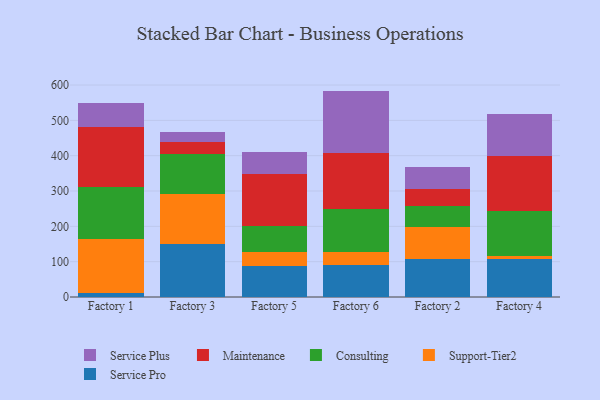
{"axis": {"x": "Factory", "y": "Bounce Rate (%)"}, "legend": ["Consulting", "Maintenance", "Service Plus", "Service Pro", "Support-Tier2"], "data": [{"x": "Factory 1", "y": 12.5, "type": "Service Pro"}, {"x": "Factory 1", "y": 152.2, "type": "Support-Tier2"}, {"x": "Factory 1", "y": 146.3, "type": "Consulting"}, {"x": "Factory 1", "y": 170.5, "type": "Maintenance"}, {"x": "Factory 1", "y": 67.1, "type": "Service Plus"}, {"x": "Factory 3", "y": 151.4, "type": "Service Pro"}, {"x": "Factory 3", "y": 140.2, "type": "Support-Tier2"}, {"x": "Factory 3", "y": 114.6, "type": "Consulting"}, {"x": "Factory 3", "y": 31.5, "type": "Maintenance"}, {"x": "Factory 3", "y": 30.3, "type": "Service Plus"}, {"x": "Factory 5", "y": 88.2, "type": "Service Pro"}, {"x": "Factory 5", "y": 39.3, "type": "Support-Tier2"}, {"x": "Factory 5", "y": 74.0, "type": "Consulting"}, {"x": "Factory 5", "y": 146.4, "type": "Maintenance"}, {"x": "Factory 5", "y": 61.3, "type": "Service Plus"}, {"x": "Factory 6", "y": 90.3, "type": "Service Pro"}, {"x": "Factory 6", "y": 38.5, "type": "Support-Tier2"}, {"x": "Factory 6", "y": 121.1, "type": "Consulting"}, {"x": "Factory 6", "y": 159.1, "type": "Maintenance"}, {"x": "Factory 6", "y": 174.6, "type": "Service Plus"}, {"x": "Factory 2", "y": 106.7, "type": "Service Pro"}, {"x": "Factory 2", "y": 92.6, "type": "Support-Tier2"}, {"x": "Factory 2", "y": 57.4, "type": "Consulting"}, {"x": "Factory 2", "y": 49.5, "type": "Maintenance"}, {"x": "Factory 2", "y": 62.0, "type": "Service Plus"}, {"x": "Factory 4", "y": 107.8, "type": "Service Pro"}, {"x": "Factory 4", "y": 8.3, "type": "Support-Tier2"}, {"x": "Factory 4", "y": 127.9, "type": "Consulting"}, {"x": "Factory 4", "y": 155.0, "type": "Maintenance"}, {"x": "Factory 4", "y": 120.1, "type": "Service Plus"}]}